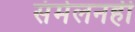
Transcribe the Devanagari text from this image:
संमेलनही